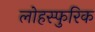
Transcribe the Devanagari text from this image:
लोहस्फुरिक